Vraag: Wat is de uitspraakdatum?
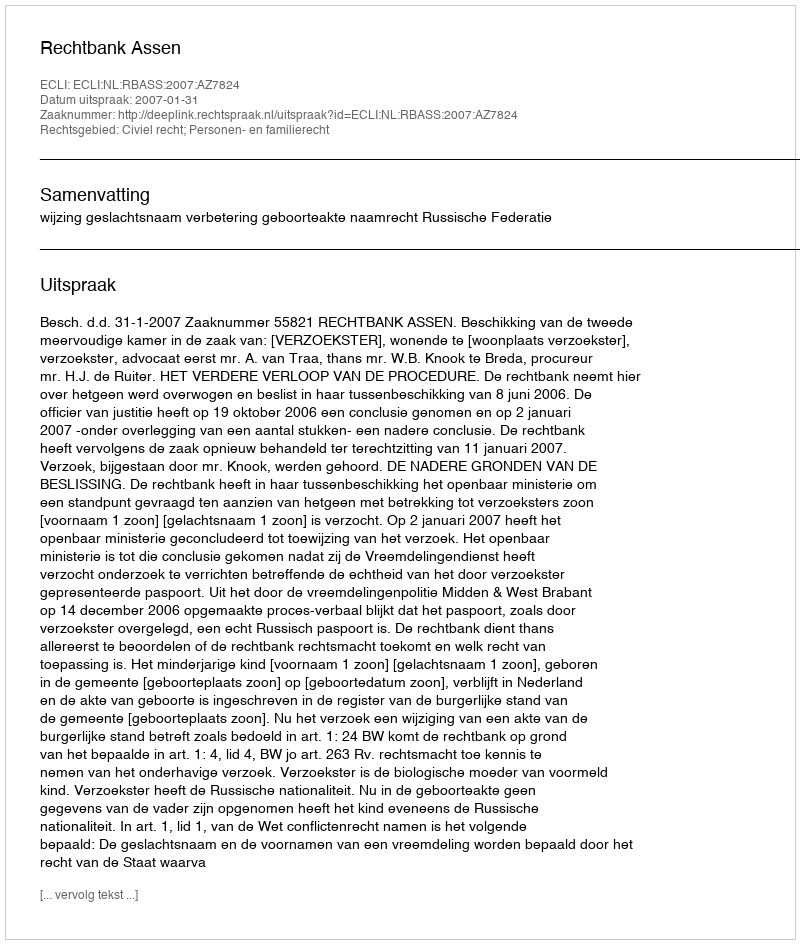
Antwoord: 2007-01-31